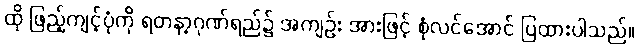
ထို ဖြည့်ကျင့်ပုံကို ရတနာ့ဂုဏ်ရည်၌ အကျဉ်း အားဖြင့် စုံလင်အောင် ပြထားပါသည်။